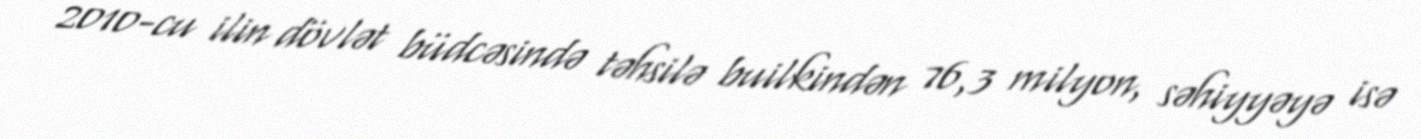
2010-cu ilin dövlət büdcəsində təhsilə builkindən 76,3 milyon, səhiyyəyə isə